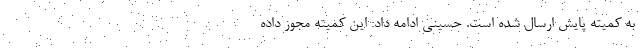
به کمیته پایش ارسال شده است. حسینی ادامه داد: این کمیته مجوز داده